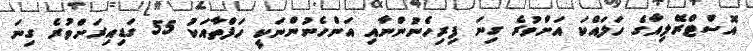
އޮސްޓްރޭލިއާގެ ހަލައްކަ އަށްވުރެ ގިނަ ފިރިހެނުންނާއި އަންހެނުންނަކީ ހަފްތާއަކު 55 ގަޑިއިރަށްވުރެ ގިނަ